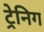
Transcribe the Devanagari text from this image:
ट्रेनिग